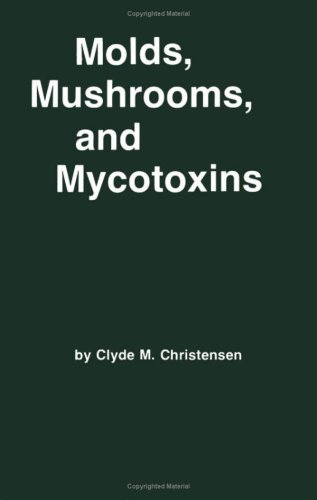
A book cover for Molds, Mushrooms, and Mycotoxins; Clyde Martin Christensen; Medical Books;